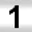
Digit: 1